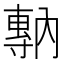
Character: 𡭇